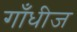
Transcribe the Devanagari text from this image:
गाँधीज